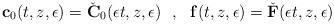
\begin{align*}\mathbf{c}_{0}(t,z,\epsilon) = \check{\mathbf{C}}_{0}(\epsilon t,z,\epsilon) \ \ , \ \ \mathbf{f}(t,z,\epsilon) = \check{\mathbf{F}}(\epsilon t,z,\epsilon)\end{align*}